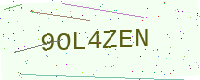
Text: 9OL4ZEN